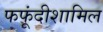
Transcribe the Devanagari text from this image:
फफूंदीशामिल